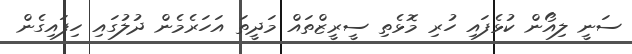
ސަނީ ލިއޯން ކުޅެފައި ހުރި މޮޅެތި ސީރީޒްތައް މަދީތަ އަހަރެމެން ދުލުގައި ހިފައިގެން